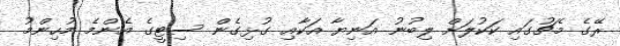
ރޭގެ މެޗުގައި ކަކުލަށް ލިބުނު އަނިޔާ އަކާއި ގުޅިގެން ސިޓީގެ އެންމެ މުހިންމު